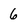
Character: 6